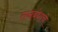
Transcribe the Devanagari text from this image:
तनबंधाचे